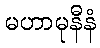
မဟာမုနီနံ